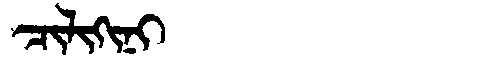
Manchu: ᠴᡳᠯᡳᡴᡳᠨᡳ
Romanization: CILIKINI